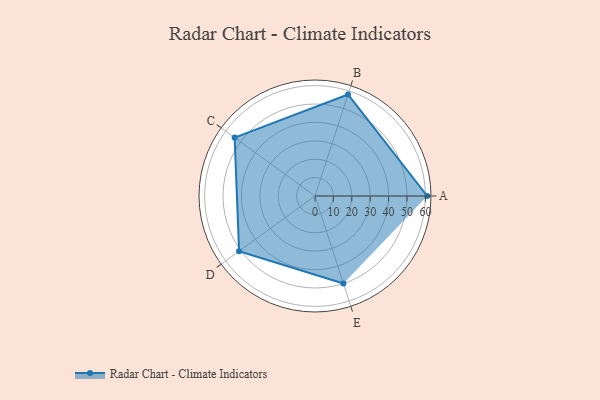
{"axis": {"x": "Skill", "y": "Score"}, "legend": ["Profile"], "data": [{"x": "A", "y": 61.0, "type": "Profile"}, {"x": "B", "y": 58.0, "type": "Profile"}, {"x": "C", "y": 54.0, "type": "Profile"}, {"x": "D", "y": 51.0, "type": "Profile"}, {"x": "E", "y": 50.0, "type": "Profile"}]}